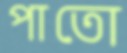
পাতো